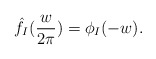
\begin{align*} \hat{f}_I(\frac{w}{2\pi}) = \phi_I(-w). \end{align*}